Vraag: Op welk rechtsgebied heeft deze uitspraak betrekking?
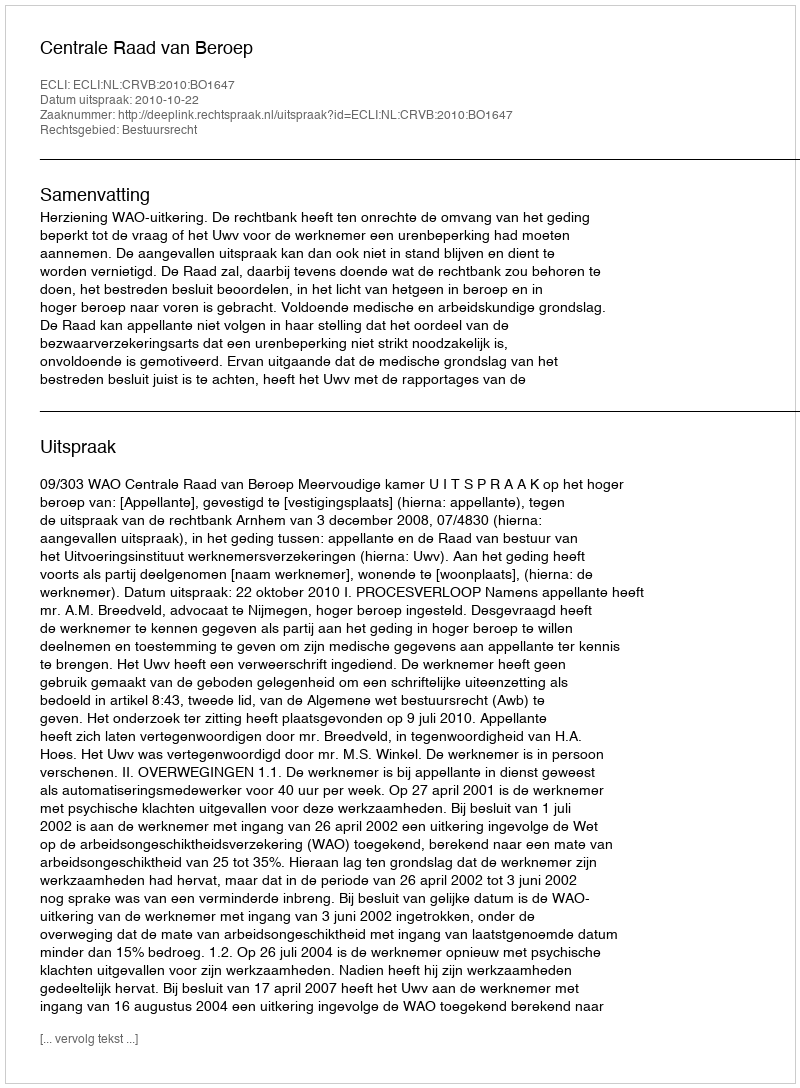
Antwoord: Bestuursrecht